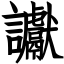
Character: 讞